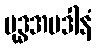
ဗုဒ္ဓအပဒါနံ